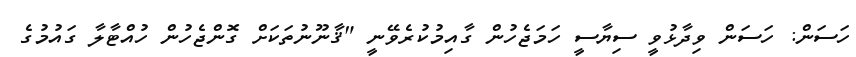
ހަސަން: ހަސަން ވިދާޅުވީ ސިޔާސީ ހަމަޖެހުން ގާއިމުކުރެވޭނީ "ޤާނޫނުތަކަށް ގޮންޖެހުން ހުއްޓާލާ ގައުމުގެ